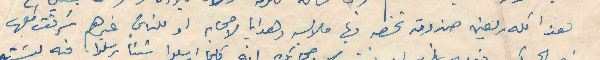
هذا كله ريعن صندوقه تخصه فيها ملابسه وهدايا لأصحابه او للناس غيرهم سرقت كلها